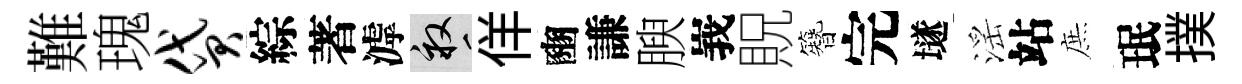
難瑰贷綜著滹畝佯豳謙腴峩貺簪完𡑞滛站庶珉撲